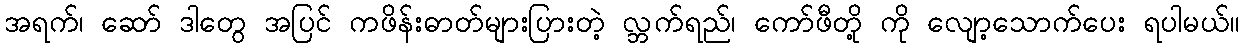
အရက်၊ ဆော် ဒါတွေ အပြင် ကဖိန်းဓာတ်များပြားတဲ့ လ္ဘက်ရည်၊ ကော်ဖီတို့ ကို လျော့သောက်ပေး ရပါမယ်။